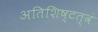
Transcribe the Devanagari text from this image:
अतिशिष्टत्वं